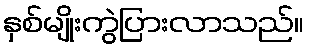
နှစ်မျိုးကွဲပြားလာသည်။